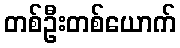
တစ်ဦးတစ်ယောက်